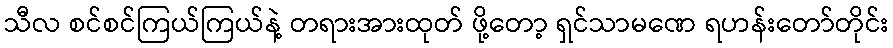
သီလ စင်စင်ကြယ်ကြယ်နဲ့ တရားအားထုတ် ဖို့တော့ ရှင်သာမဏေ ရဟန်းတော်တိုင်း